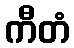
ကီတံ